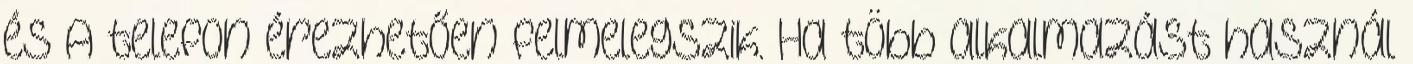
és A telefon érezhetően felmelegszik. Ha több alkalmazást használ